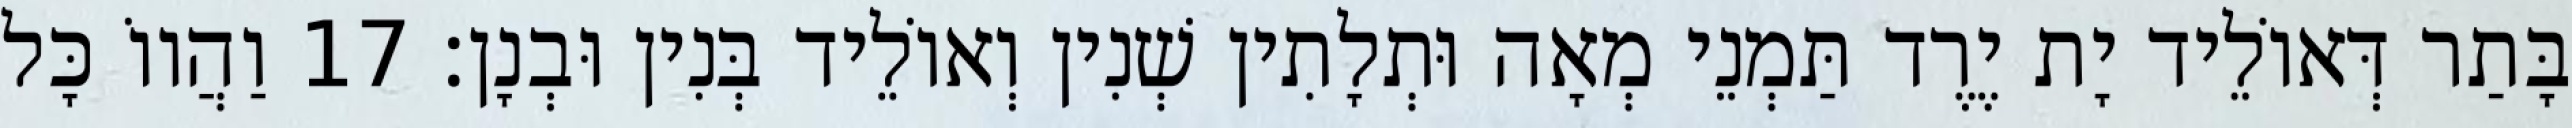
בָּתַר דְּאוֹלֵיד יָת יֶרֶד תַּמְנֵי מְאָה וּתְלָתִין שְׁנִין וְאוֹלֵיד בְּנִין וּבְנָן׃ 17 וַהֲווֹ כָּל